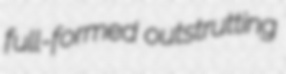
full-formed outstrutting